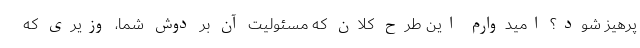
پرهیز شود؟ امیدوارم این طرح کلان که مسئولیت آن بر دوش شما، وزیری که